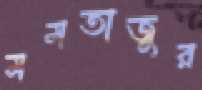
মমতাজুর